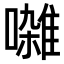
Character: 𫝜